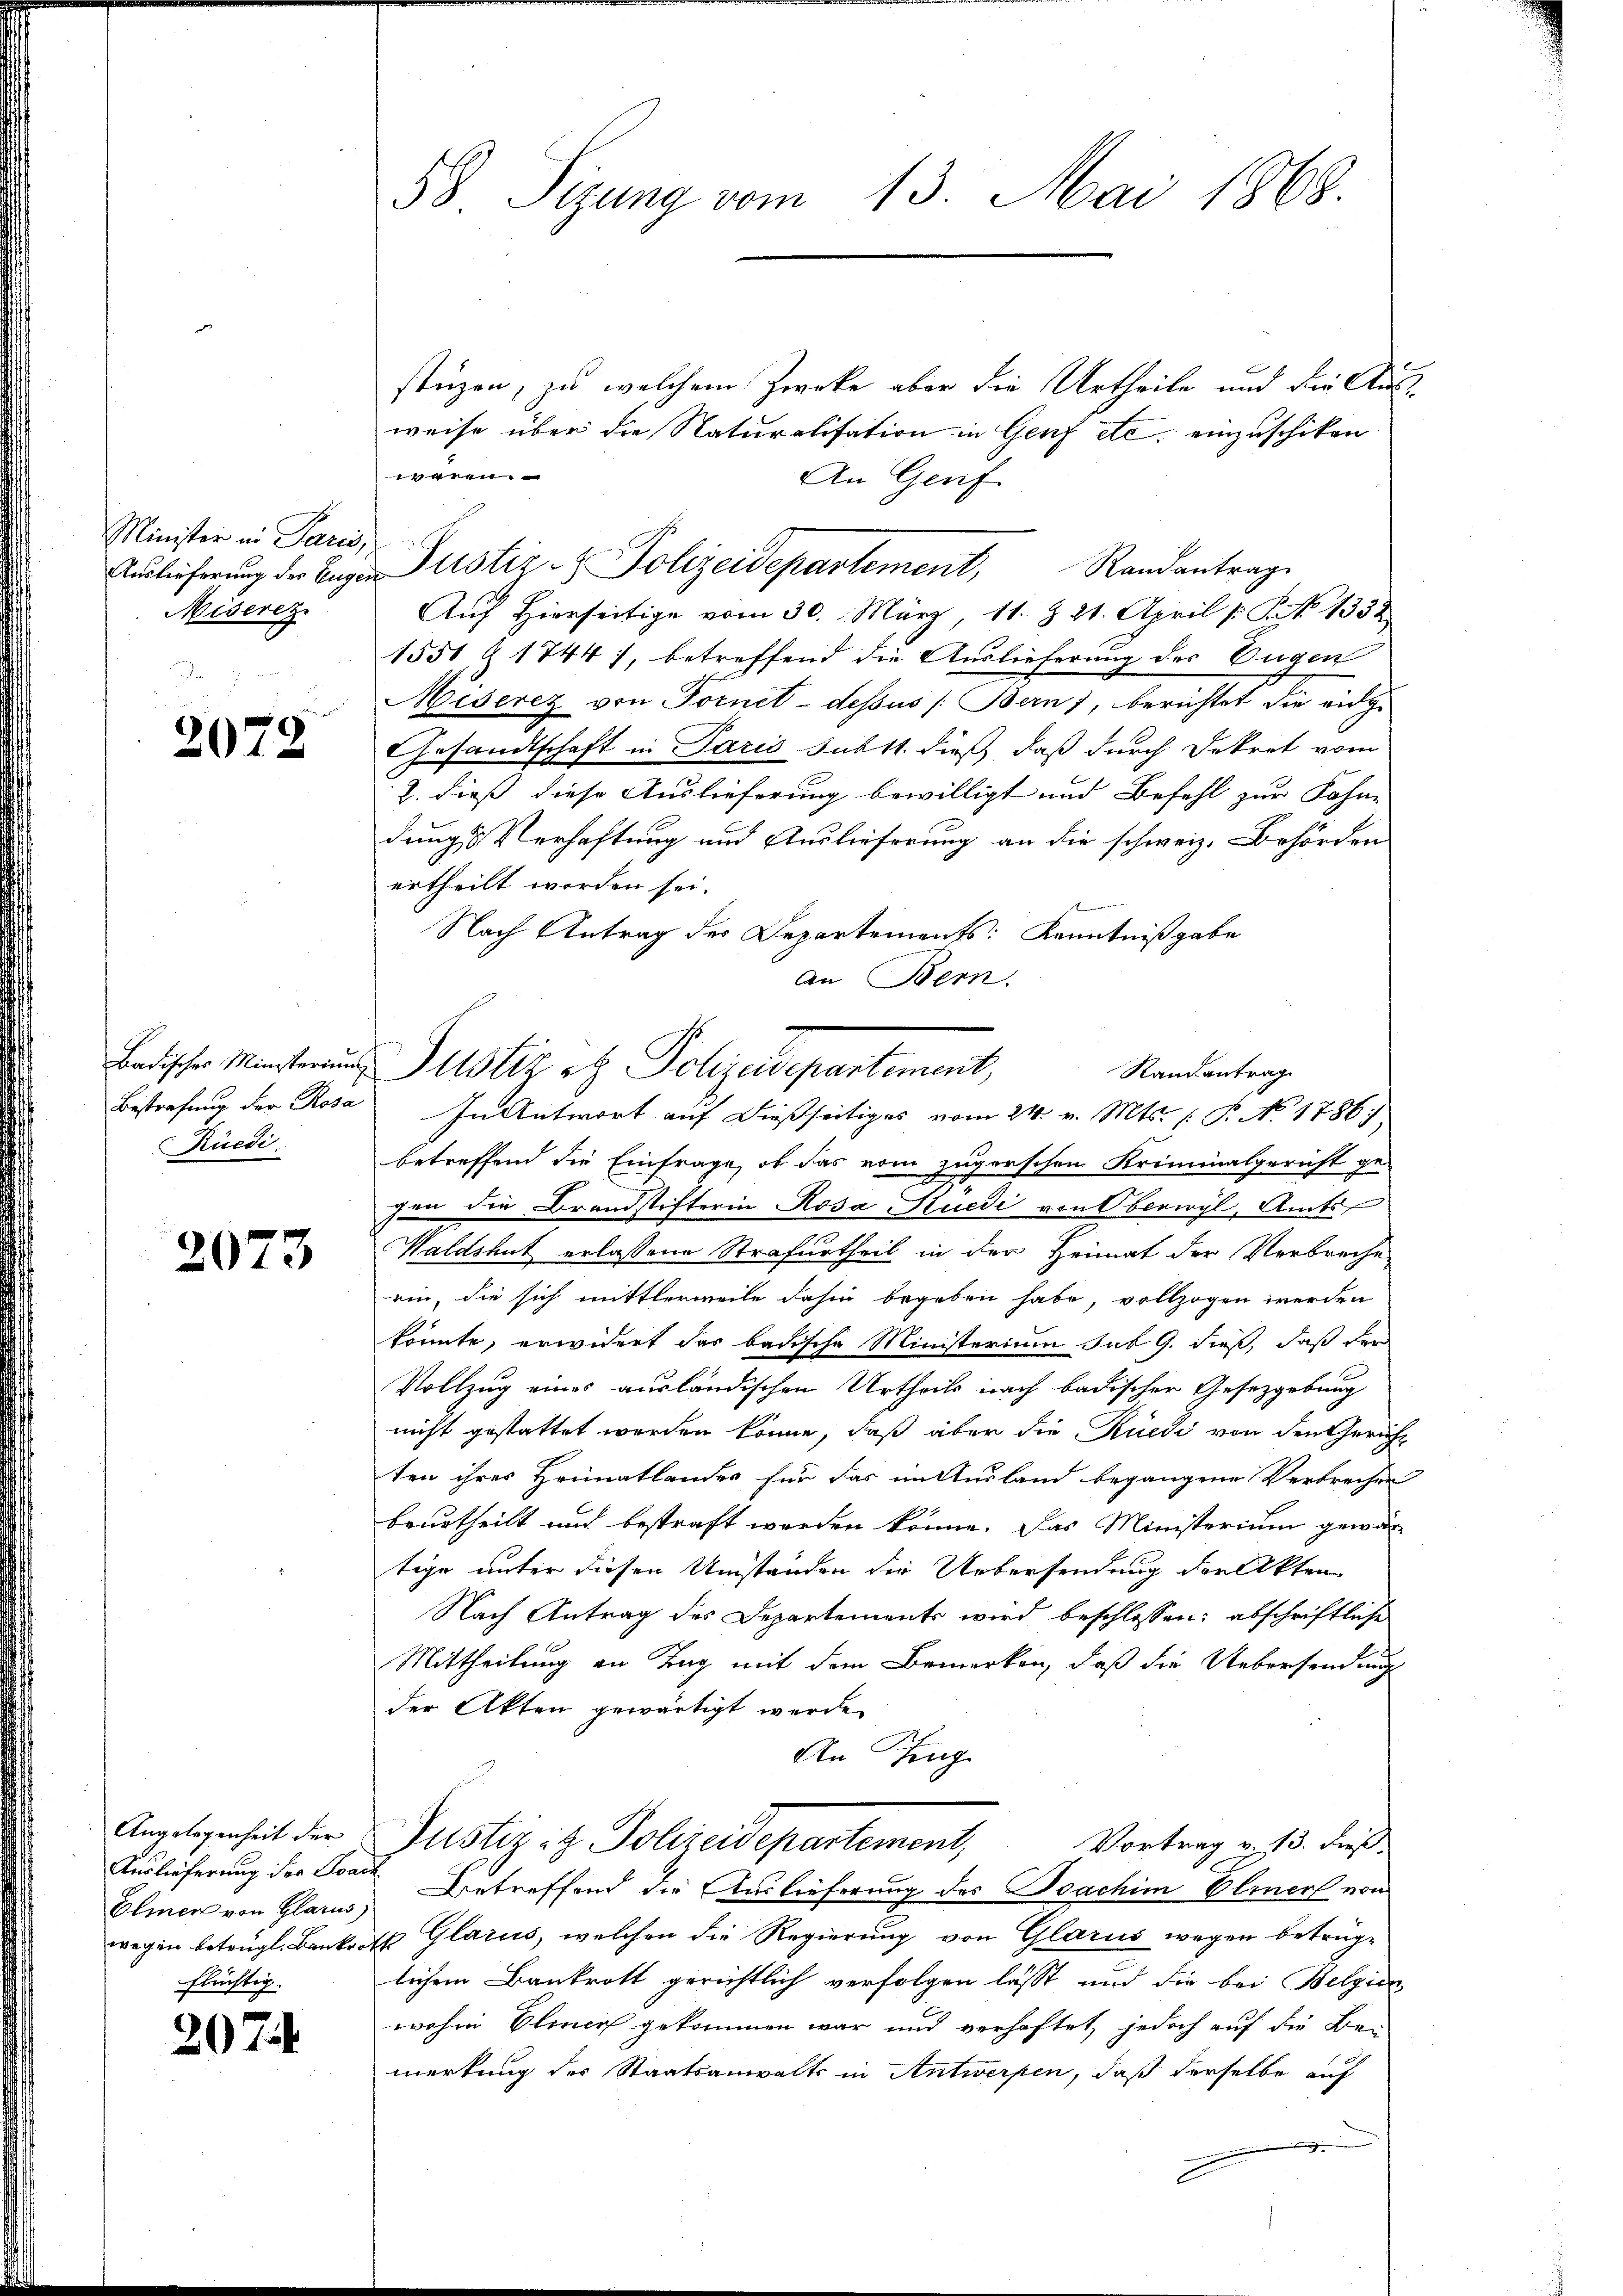
Minister in Paris,
Miserez

2072

Badisches Ministerium
Bestrafung der Rosa
Rüedi

2073

Angelegenheit der
Eliner von Glarus)
flüchtig.

207

58 Sizung vom 13. Mai 1868.

stüzen, zu welchem Zwecke aber die Urtheile und die Ausweise über die Naturalisation in Genf etc. einzuschiken
waren.
An Genf
Auf Hierseitige vom 30. März, 11. Z. 21. April [: No 1352
1551 n 1744), betreffend die Auslieferung des Eugen
Miserez von Fornet - dessus /: Bern), berichtet die eidge
Gesandtschaft in Paris subst dieß, daß durch Dekret vom
2. dieß diese Auslieferung bewilligt und Befehl zur Sohne |
dungs Verhaftung und Auslieferung an die schweiz. Behörden
ertheilt worden sei.
Nach Antrag des Departements: Kenntnißgabe
An Bern.
In Antwort auf dießseitiges vom 24. v. Mts. (T. No. 1786.
betreffend die Einfrage, ob das ein zugerschen Kriminalgericht ge-
fen die Brandstifterin Rosa Huedi von Oberwyl, Amts
Waldshut erlassene Strafurtheil in der Heimat der Verbreche
rin, die sich mittlerweile dahin begeben habe, vollzogen werden
könnte, erwidert das badische Ministerium sub 9. dieß, daß der
Vollzug eines ausländischen Urtheils nach badischer Gesetzgebung
nicht gestattet werden könne, daß aber die Rüedi von den Gericht
ten ihres Heimatlandes für das im Ausland begangene Verbrecher
beurtheilt und bestraft werden könne. Das Ministerium gewär
tige unter diesen Umständen die Uebersendung der Akten
Nach Antrag des Departements wird beschlossen: abschriftliche
Mittheilung an Tag mit dem Bemerken, daß die Uebersendung
der Akten gewärtigt werde.
An Zeug
Justiz & Polizeidepartement,
Vortrag v. 13. dieß
Auslieferung der Sonnten Betreffend die Auslieferung des Joachim Elmer von
wegen betrügl. Bankrets Glarus, welchen die Regierung von Glarus wegen betrüglichem Bankrott gerichtlich verfolgen lässt und die bei Belgien
wohen Elmer gekommen war und verhaftet, jedoch auf die Bei-
merkung des Staatsanwalts in Antwerpen, daß derselbe auf
f

Auslieferung der Eigen Justiz- & Polizeidepartement, Randantrage

Justiz etz. Polyedepartement,
Randantrag